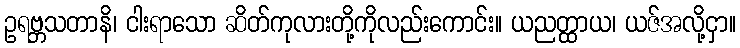
ဥရဗ္ဘသတာနိ၊ ငါးရာသော ဆိတ်ကုလားတို့ကိုလည်းကောင်း။ ယညတ္ထာယ၊ ယဇ်အလို့ငှာ။